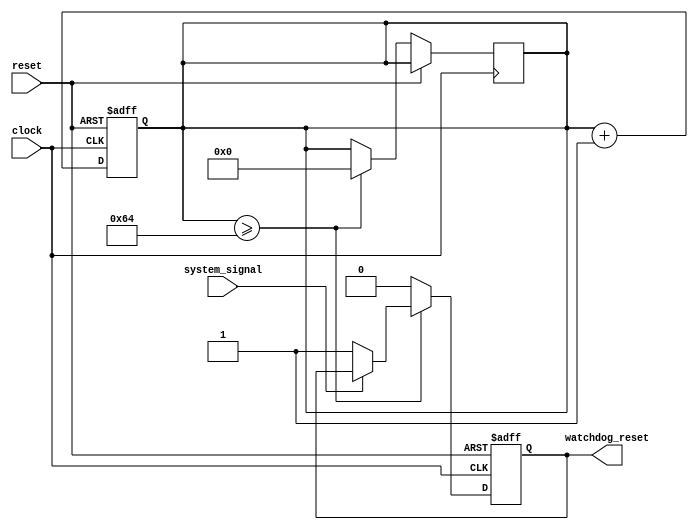
module watchdog_timer(
    input wire system_signal,
    input wire clock,
    input wire reset,
    output reg watchdog_reset
);

reg [31:0] timer_count;

always @(posedge clock or posedge reset) begin
    if (reset) begin
        timer_count <= 32'd0;
    end else begin
        timer_count <= timer_count + 1;
    end
end

always @(posedge clock or posedge reset) begin
    if (reset) begin
        watchdog_reset <= 1'b0;
    end else begin
        if (timer_count >= 100) begin // Trigger watchdog timer every 100 clock cycles
            if (system_signal == 1'b0) begin // Check system signal
                watchdog_reset <= 1'b1; // Reset the system
            end
            timer_count <= 32'd0; // Reset timer count
        end else begin
            watchdog_reset <= 1'b0;
        end
    end
end

endmodule